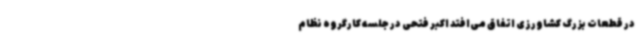
در قطعات بزرگ کشاورزی اتفاق می‌افتد اکبر فتحی در جلسه کارگروه نظام